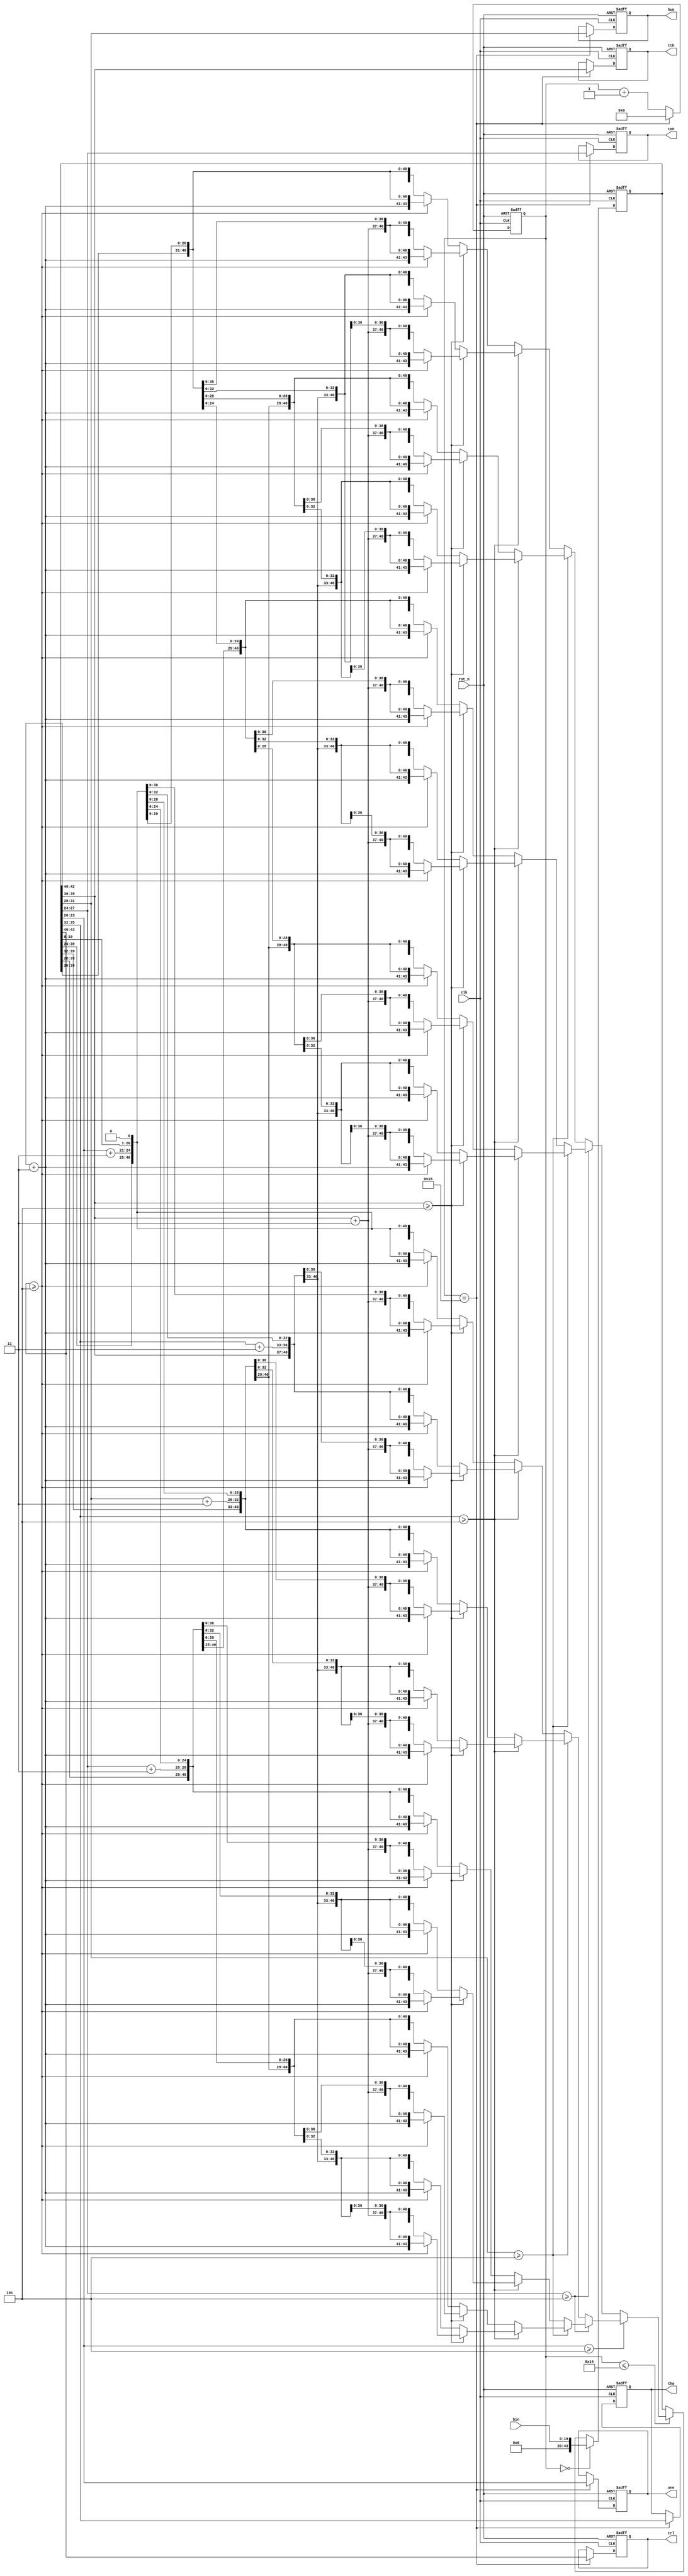
module bintobcd(
						input 					clk,
						input 					rst_n,
						input [19:0] 			bin,  //20
						
						output reg [3:0] 		one,  //
						output reg [3:0] 		ten,  //
						output reg [3:0] 		hun,  //
						output reg [3:0] 		tho,  //
						output reg [3:0] 		tth,  //
						output reg [3:0] 		trl   //

);


reg [4:0] 		count;

always@(posedge clk or negedge rst_n)
begin
	if(!rst_n)
		count<=5'b0;
		
	else if (count==21)
		count<=0;
		
	else
		count<=count+1;
end



reg [43:0] 	shift_reg;

always@(posedge clk or negedge rst_n)
begin
	if(!rst_n)
		shift_reg<=0;
		
	else if(count==0)
		shift_reg={24'b0000_0000_0000_0000_0000_0000,bin};
	
	else if(count<=20)
		if(shift_reg[23:20]>=5)
			begin
				if(shift_reg[27:24]>=5)
					begin
						if(shift_reg[31:28]>=5)
							begin
								if(shift_reg[35:32]>=5)
									begin
										if(shift_reg[39:36]>=5)
											begin
												if(shift_reg[43:40]>=5)
													begin
														shift_reg[43:40]=shift_reg[43:40]+2'b11;
														shift_reg[39:36]=shift_reg[39:36]+2'b11;
														shift_reg[35:32]=shift_reg[35:32]+2'b11;
														shift_reg[31:28]=shift_reg[31:28]+2'b11;
														shift_reg[27:24]=shift_reg[27:24]+2'b11;
														shift_reg[23:20]=shift_reg[23:20]+2'b11;
														shift_reg=shift_reg<<1;
													end

												else
													begin
														shift_reg[43:40]=shift_reg[43:40];
														shift_reg[39:36]=shift_reg[39:36]+2'b11;
														shift_reg[35:32]=shift_reg[35:32]+2'b11;
														shift_reg[31:28]=shift_reg[31:28]+2'b11;
														shift_reg[27:24]=shift_reg[27:24]+2'b11;
														shift_reg[23:20]=shift_reg[23:20]+2'b11;
														shift_reg=shift_reg<<1;
													end
											end
										
										else
											begin
												if(shift_reg[43:40]>=5)
													begin
														shift_reg[43:40]=shift_reg[43:40]+2'b11;
														shift_reg[39:36]=shift_reg[39:36];
														shift_reg[35:32]=shift_reg[35:32]+2'b11;
														shift_reg[31:28]=shift_reg[31:28]+2'b11;
														shift_reg[27:24]=shift_reg[27:24]+2'b11;
														shift_reg[23:20]=shift_reg[23:20]+2'b11;
														shift_reg=shift_reg<<1;
													end

												else
													begin
														shift_reg[43:40]=shift_reg[43:40];
														shift_reg[39:36]=shift_reg[39:36];
														shift_reg[35:32]=shift_reg[35:32]+2'b11;
														shift_reg[31:28]=shift_reg[31:28]+2'b11;
														shift_reg[27:24]=shift_reg[27:24]+2'b11;
														shift_reg[23:20]=shift_reg[23:20]+2'b11;
														shift_reg=shift_reg<<1;
													end
											end
									end
								
								else
									begin
										if(shift_reg[39:36]>=5)
											begin
												if(shift_reg[43:40]>=5)
													begin
														shift_reg[43:40]=shift_reg[43:40]+2'b11;
														shift_reg[39:36]=shift_reg[39:36]+2'b11;
														shift_reg[35:32]=shift_reg[35:32];
														shift_reg[31:28]=shift_reg[31:28]+2'b11;
														shift_reg[27:24]=shift_reg[27:24]+2'b11;
														shift_reg[23:20]=shift_reg[23:20]+2'b11;
														shift_reg=shift_reg<<1;
													end

												else
													begin
														shift_reg[43:40]=shift_reg[43:40];
														shift_reg[39:36]=shift_reg[39:36]+2'b11;
														shift_reg[35:32]=shift_reg[35:32];
														shift_reg[31:28]=shift_reg[31:28]+2'b11;
														shift_reg[27:24]=shift_reg[27:24]+2'b11;
														shift_reg[23:20]=shift_reg[23:20]+2'b11;
														shift_reg=shift_reg<<1;
													end
											end
										
										else
											begin
												if(shift_reg[43:40]>=5)
													begin
														shift_reg[43:40]=shift_reg[43:40]+2'b11;
														shift_reg[39:36]=shift_reg[39:36];
														shift_reg[35:32]=shift_reg[35:32];
														shift_reg[31:28]=shift_reg[31:28]+2'b11;
														shift_reg[27:24]=shift_reg[27:24]+2'b11;
														shift_reg[23:20]=shift_reg[23:20]+2'b11;
														shift_reg=shift_reg<<1;
													end

												else
													begin
														shift_reg[43:40]=shift_reg[43:40];
														shift_reg[39:36]=shift_reg[39:36];
														shift_reg[35:32]=shift_reg[35:32];
														shift_reg[31:28]=shift_reg[31:28]+2'b11;
														shift_reg[27:24]=shift_reg[27:24]+2'b11;
														shift_reg[23:20]=shift_reg[23:20]+2'b11;
														shift_reg=shift_reg<<1;
													end
											end
									end
							end
						
						else 
							begin
								if(shift_reg[35:32]>=5)
									begin
										if(shift_reg[39:36]>=5)
											begin
												if(shift_reg[43:40]>=5)
													begin
														shift_reg[43:40]=shift_reg[43:40]+2'b11;
														shift_reg[39:36]=shift_reg[39:36]+2'b11;
														shift_reg[35:32]=shift_reg[35:32]+2'b11;
														shift_reg[31:28]=shift_reg[31:28];
														shift_reg[27:24]=shift_reg[27:24]+2'b11;
														shift_reg[23:20]=shift_reg[23:20]+2'b11;
														shift_reg=shift_reg<<1;
													end

												else
													begin
														shift_reg[43:40]=shift_reg[43:40];
														shift_reg[39:36]=shift_reg[39:36]+2'b11;
														shift_reg[35:32]=shift_reg[35:32]+2'b11;
														shift_reg[31:28]=shift_reg[31:28];
														shift_reg[27:24]=shift_reg[27:24]+2'b11;
														shift_reg[23:20]=shift_reg[23:20]+2'b11;
														shift_reg=shift_reg<<1;
													end
											end
										
										else
											begin
												if(shift_reg[43:40]>=5)
													begin
														shift_reg[43:40]=shift_reg[43:40]+2'b11;
														shift_reg[39:36]=shift_reg[39:36];
														shift_reg[35:32]=shift_reg[35:32]+2'b11;
														shift_reg[31:28]=shift_reg[31:28];
														shift_reg[27:24]=shift_reg[27:24]+2'b11;
														shift_reg[23:20]=shift_reg[23:20]+2'b11;
														shift_reg=shift_reg<<1;
													end

												else
													begin
														shift_reg[43:40]=shift_reg[43:40];
														shift_reg[39:36]=shift_reg[39:36];
														shift_reg[35:32]=shift_reg[35:32]+2'b11;
														shift_reg[31:28]=shift_reg[31:28];
														shift_reg[27:24]=shift_reg[27:24]+2'b11;
														shift_reg[23:20]=shift_reg[23:20]+2'b11;
														shift_reg=shift_reg<<1;
													end
											end
									end
								
								else
									begin
										if(shift_reg[39:36]>=5)
											begin
												if(shift_reg[43:40]>=5)
													begin
														shift_reg[43:40]=shift_reg[43:40]+2'b11;
														shift_reg[39:36]=shift_reg[39:36]+2'b11;
														shift_reg[35:32]=shift_reg[35:32];
														shift_reg[31:28]=shift_reg[31:28];
														shift_reg[27:24]=shift_reg[27:24]+2'b11;
														shift_reg[23:20]=shift_reg[23:20]+2'b11;
														shift_reg=shift_reg<<1;
													end

												else
													begin
														shift_reg[43:40]=shift_reg[43:40];
														shift_reg[39:36]=shift_reg[39:36]+2'b11;
														shift_reg[35:32]=shift_reg[35:32];
														shift_reg[31:28]=shift_reg[31:28];
														shift_reg[27:24]=shift_reg[27:24]+2'b11;
														shift_reg[23:20]=shift_reg[23:20]+2'b11;
														shift_reg=shift_reg<<1;
													end
											end
										
										else
											begin
												if(shift_reg[43:40]>=5)
													begin
														shift_reg[43:40]=shift_reg[43:40]+2'b11;
														shift_reg[39:36]=shift_reg[39:36];
														shift_reg[35:32]=shift_reg[35:32];
														shift_reg[31:28]=shift_reg[31:28];
														shift_reg[27:24]=shift_reg[27:24]+2'b11;
														shift_reg[23:20]=shift_reg[23:20]+2'b11;
														shift_reg=shift_reg<<1;
													end

												else
													begin
														shift_reg[43:40]=shift_reg[43:40];
														shift_reg[39:36]=shift_reg[39:36];
														shift_reg[35:32]=shift_reg[35:32];
														shift_reg[31:28]=shift_reg[31:28];
														shift_reg[27:24]=shift_reg[27:24]+2'b11;
														shift_reg[23:20]=shift_reg[23:20]+2'b11;
														shift_reg=shift_reg<<1;
													end
											end
									end
							end
					end
					
				else
					begin
						if(shift_reg[31:28]>=5)
							begin
								if(shift_reg[35:32]>=5)
									begin
										if(shift_reg[39:36]>=5)
											begin
												if(shift_reg[43:40]>=5)
													begin
														shift_reg[43:40]=shift_reg[43:40]+2'b11;
														shift_reg[39:36]=shift_reg[39:36]+2'b11;
														shift_reg[35:32]=shift_reg[35:32]+2'b11;
														shift_reg[31:28]=shift_reg[31:28]+2'b11;
														shift_reg[27:24]=shift_reg[27:24];
														shift_reg[23:20]=shift_reg[23:20]+2'b11;
														shift_reg=shift_reg<<1;
													end

												else
													begin
														shift_reg[43:40]=shift_reg[43:40];
														shift_reg[39:36]=shift_reg[39:36]+2'b11;
														shift_reg[35:32]=shift_reg[35:32]+2'b11;
														shift_reg[31:28]=shift_reg[31:28]+2'b11;
														shift_reg[27:24]=shift_reg[27:24];
														shift_reg[23:20]=shift_reg[23:20]+2'b11;
														shift_reg=shift_reg<<1;
													end
											end
										
										else
											begin
												if(shift_reg[43:40]>=5)
													begin
														shift_reg[43:40]=shift_reg[43:40]+2'b11;
														shift_reg[39:36]=shift_reg[39:36];
														shift_reg[35:32]=shift_reg[35:32]+2'b11;
														shift_reg[31:28]=shift_reg[31:28]+2'b11;
														shift_reg[27:24]=shift_reg[27:24];
														shift_reg[23:20]=shift_reg[23:20]+2'b11;
														shift_reg=shift_reg<<1;
													end

												else
													begin
														shift_reg[43:40]=shift_reg[43:40];
														shift_reg[39:36]=shift_reg[39:36];
														shift_reg[35:32]=shift_reg[35:32]+2'b11;
														shift_reg[31:28]=shift_reg[31:28]+2'b11;
														shift_reg[27:24]=shift_reg[27:24];
														shift_reg[23:20]=shift_reg[23:20]+2'b11;
														shift_reg=shift_reg<<1;
													end
											end
									end
								
								else
									begin
										if(shift_reg[39:36]>=5)
											begin
												if(shift_reg[43:40]>=5)
													begin
														shift_reg[43:40]=shift_reg[43:40]+2'b11;
														shift_reg[39:36]=shift_reg[39:36]+2'b11;
														shift_reg[35:32]=shift_reg[35:32];
														shift_reg[31:28]=shift_reg[31:28]+2'b11;
														shift_reg[27:24]=shift_reg[27:24];
														shift_reg[23:20]=shift_reg[23:20]+2'b11;
														shift_reg=shift_reg<<1;
													end

												else
													begin
														shift_reg[43:40]=shift_reg[43:40];
														shift_reg[39:36]=shift_reg[39:36]+2'b11;
														shift_reg[35:32]=shift_reg[35:32];
														shift_reg[31:28]=shift_reg[31:28]+2'b11;
														shift_reg[27:24]=shift_reg[27:24];
														shift_reg[23:20]=shift_reg[23:20]+2'b11;
														shift_reg=shift_reg<<1;
													end
											end
										
										else
											begin
												if(shift_reg[43:40]>=5)
													begin
														shift_reg[43:40]=shift_reg[43:40]+2'b11;
														shift_reg[39:36]=shift_reg[39:36];
														shift_reg[35:32]=shift_reg[35:32];
														shift_reg[31:28]=shift_reg[31:28]+2'b11;
														shift_reg[27:24]=shift_reg[27:24];
														shift_reg[23:20]=shift_reg[23:20]+2'b11;
														shift_reg=shift_reg<<1;
													end

												else
													begin
														shift_reg[43:40]=shift_reg[43:40];
														shift_reg[39:36]=shift_reg[39:36];
														shift_reg[35:32]=shift_reg[35:32];
														shift_reg[31:28]=shift_reg[31:28]+2'b11;
														shift_reg[27:24]=shift_reg[27:24];
														shift_reg[23:20]=shift_reg[23:20]+2'b11;
														shift_reg=shift_reg<<1;
													end
											end
									end
							end
						
						else 
							begin
								if(shift_reg[35:32]>=5)
									begin
										if(shift_reg[39:36]>=5)
											begin
												if(shift_reg[43:40]>=5)
													begin
														shift_reg[43:40]=shift_reg[43:40]+2'b11;
														shift_reg[39:36]=shift_reg[39:36]+2'b11;
														shift_reg[35:32]=shift_reg[35:32]+2'b11;
														shift_reg[31:28]=shift_reg[31:28];
														shift_reg[27:24]=shift_reg[27:24];
														shift_reg[23:20]=shift_reg[23:20]+2'b11;
														shift_reg=shift_reg<<1;
													end

												else
													begin
														shift_reg[43:40]=shift_reg[43:40];
														shift_reg[39:36]=shift_reg[39:36]+2'b11;
														shift_reg[35:32]=shift_reg[35:32]+2'b11;
														shift_reg[31:28]=shift_reg[31:28];
														shift_reg[27:24]=shift_reg[27:24];
														shift_reg[23:20]=shift_reg[23:20]+2'b11;
														shift_reg=shift_reg<<1;
													end
											end
										
										else
											begin
												if(shift_reg[43:40]>=5)
													begin
														shift_reg[43:40]=shift_reg[43:40]+2'b11;
														shift_reg[39:36]=shift_reg[39:36];
														shift_reg[35:32]=shift_reg[35:32]+2'b11;
														shift_reg[31:28]=shift_reg[31:28];
														shift_reg[27:24]=shift_reg[27:24];
														shift_reg[23:20]=shift_reg[23:20]+2'b11;
														shift_reg=shift_reg<<1;
													end

												else
													begin
														shift_reg[43:40]=shift_reg[43:40];
														shift_reg[39:36]=shift_reg[39:36];
														shift_reg[35:32]=shift_reg[35:32]+2'b11;
														shift_reg[31:28]=shift_reg[31:28];
														shift_reg[27:24]=shift_reg[27:24];
														shift_reg[23:20]=shift_reg[23:20]+2'b11;
														shift_reg=shift_reg<<1;
													end
											end
									end
								
								else
									begin
										if(shift_reg[39:36]>=5)
											begin
												if(shift_reg[43:40]>=5)
													begin
														shift_reg[43:40]=shift_reg[43:40]+2'b11;
														shift_reg[39:36]=shift_reg[39:36]+2'b11;
														shift_reg[35:32]=shift_reg[35:32];
														shift_reg[31:28]=shift_reg[31:28];
														shift_reg[27:24]=shift_reg[27:24];
														shift_reg[23:20]=shift_reg[23:20]+2'b11;
														shift_reg=shift_reg<<1;
													end

												else
													begin
														shift_reg[43:40]=shift_reg[43:40];
														shift_reg[39:36]=shift_reg[39:36]+2'b11;
														shift_reg[35:32]=shift_reg[35:32];
														shift_reg[31:28]=shift_reg[31:28];
														shift_reg[27:24]=shift_reg[27:24];
														shift_reg[23:20]=shift_reg[23:20]+2'b11;
														shift_reg=shift_reg<<1;
													end
											end
										
										else
											begin
												if(shift_reg[43:40]>=5)
													begin
														shift_reg[43:40]=shift_reg[43:40]+2'b11;
														shift_reg[39:36]=shift_reg[39:36];
														shift_reg[35:32]=shift_reg[35:32];
														shift_reg[31:28]=shift_reg[31:28];
														shift_reg[27:24]=shift_reg[27:24];
														shift_reg[23:20]=shift_reg[23:20]+2'b11;
														shift_reg=shift_reg<<1;
													end

												else
													begin
														shift_reg[43:40]=shift_reg[43:40];
														shift_reg[39:36]=shift_reg[39:36];
														shift_reg[35:32]=shift_reg[35:32];
														shift_reg[31:28]=shift_reg[31:28];
														shift_reg[27:24]=shift_reg[27:24];
														shift_reg[23:20]=shift_reg[23:20]+2'b11;
														shift_reg=shift_reg<<1;
													end
											end
									end
							end
					end
			end
///////////////////////////////////////////		
		else
			begin
				if(shift_reg[27:24]>=5)
					begin
						if(shift_reg[31:28]>=5)
							begin
								if(shift_reg[35:32]>=5)
									begin
										if(shift_reg[39:36]>=5)
											begin
												if(shift_reg[43:40]>=5)
													begin
														shift_reg[43:40]=shift_reg[43:40]+2'b11;
														shift_reg[39:36]=shift_reg[39:36]+2'b11;
														shift_reg[35:32]=shift_reg[35:32]+2'b11;
														shift_reg[31:28]=shift_reg[31:28]+2'b11;
														shift_reg[27:24]=shift_reg[27:24]+2'b11;
														shift_reg[23:20]=shift_reg[23:20];
														shift_reg=shift_reg<<1;
													end

												else
													begin
														shift_reg[43:40]=shift_reg[43:40];
														shift_reg[39:36]=shift_reg[39:36]+2'b11;
														shift_reg[35:32]=shift_reg[35:32]+2'b11;
														shift_reg[31:28]=shift_reg[31:28]+2'b11;
														shift_reg[27:24]=shift_reg[27:24]+2'b11;
														shift_reg[23:20]=shift_reg[23:20];
														shift_reg=shift_reg<<1;
													end
											end
										
										else
											begin
												if(shift_reg[43:40]>=5)
													begin
														shift_reg[43:40]=shift_reg[43:40]+2'b11;
														shift_reg[39:36]=shift_reg[39:36];
														shift_reg[35:32]=shift_reg[35:32]+2'b11;
														shift_reg[31:28]=shift_reg[31:28]+2'b11;
														shift_reg[27:24]=shift_reg[27:24]+2'b11;
														shift_reg[23:20]=shift_reg[23:20];
														shift_reg=shift_reg<<1;
													end

												else
													begin
														shift_reg[43:40]=shift_reg[43:40];
														shift_reg[39:36]=shift_reg[39:36];
														shift_reg[35:32]=shift_reg[35:32]+2'b11;
														shift_reg[31:28]=shift_reg[31:28]+2'b11;
														shift_reg[27:24]=shift_reg[27:24]+2'b11;
														shift_reg[23:20]=shift_reg[23:20];
														shift_reg=shift_reg<<1;
													end
											end
									end
								
								else
									begin
										if(shift_reg[39:36]>=5)
											begin
												if(shift_reg[43:40]>=5)
													begin
														shift_reg[43:40]=shift_reg[43:40]+2'b11;
														shift_reg[39:36]=shift_reg[39:36]+2'b11;
														shift_reg[35:32]=shift_reg[35:32];
														shift_reg[31:28]=shift_reg[31:28]+2'b11;
														shift_reg[27:24]=shift_reg[27:24]+2'b11;
														shift_reg[23:20]=shift_reg[23:20];
														shift_reg=shift_reg<<1;
													end

												else
													begin
														shift_reg[43:40]=shift_reg[43:40];
														shift_reg[39:36]=shift_reg[39:36]+2'b11;
														shift_reg[35:32]=shift_reg[35:32];
														shift_reg[31:28]=shift_reg[31:28]+2'b11;
														shift_reg[27:24]=shift_reg[27:24]+2'b11;
														shift_reg[23:20]=shift_reg[23:20];
														shift_reg=shift_reg<<1;
													end
											end
										
										else
											begin
												if(shift_reg[43:40]>=5)
													begin
														shift_reg[43:40]=shift_reg[43:40]+2'b11;
														shift_reg[39:36]=shift_reg[39:36];
														shift_reg[35:32]=shift_reg[35:32];
														shift_reg[31:28]=shift_reg[31:28]+2'b11;
														shift_reg[27:24]=shift_reg[27:24]+2'b11;
														shift_reg[23:20]=shift_reg[23:20];
														shift_reg=shift_reg<<1;
													end

												else
													begin
														shift_reg[43:40]=shift_reg[43:40];
														shift_reg[39:36]=shift_reg[39:36];
														shift_reg[35:32]=shift_reg[35:32];
														shift_reg[31:28]=shift_reg[31:28]+2'b11;
														shift_reg[27:24]=shift_reg[27:24]+2'b11;
														shift_reg[23:20]=shift_reg[23:20];
														shift_reg=shift_reg<<1;
													end
											end
									end
							end
						
						else 
							begin
								if(shift_reg[35:32]>=5)
									begin
										if(shift_reg[39:36]>=5)
											begin
												if(shift_reg[43:40]>=5)
													begin
														shift_reg[43:40]=shift_reg[43:40]+2'b11;
														shift_reg[39:36]=shift_reg[39:36]+2'b11;
														shift_reg[35:32]=shift_reg[35:32]+2'b11;
														shift_reg[31:28]=shift_reg[31:28];
														shift_reg[27:24]=shift_reg[27:24]+2'b11;
														shift_reg[23:20]=shift_reg[23:20];
														shift_reg=shift_reg<<1;
													end

												else
													begin
														shift_reg[43:40]=shift_reg[43:40];
														shift_reg[39:36]=shift_reg[39:36]+2'b11;
														shift_reg[35:32]=shift_reg[35:32]+2'b11;
														shift_reg[31:28]=shift_reg[31:28];
														shift_reg[27:24]=shift_reg[27:24]+2'b11;
														shift_reg[23:20]=shift_reg[23:20];
														shift_reg=shift_reg<<1;
													end
											end
										
										else
											begin
												if(shift_reg[43:40]>=5)
													begin
														shift_reg[43:40]=shift_reg[43:40]+2'b11;
														shift_reg[39:36]=shift_reg[39:36];
														shift_reg[35:32]=shift_reg[35:32]+2'b11;
														shift_reg[31:28]=shift_reg[31:28];
														shift_reg[27:24]=shift_reg[27:24]+2'b11;
														shift_reg[23:20]=shift_reg[23:20];
														shift_reg=shift_reg<<1;
													end

												else
													begin
														shift_reg[43:40]=shift_reg[43:40];
														shift_reg[39:36]=shift_reg[39:36];
														shift_reg[35:32]=shift_reg[35:32]+2'b11;
														shift_reg[31:28]=shift_reg[31:28];
														shift_reg[27:24]=shift_reg[27:24]+2'b11;
														shift_reg[23:20]=shift_reg[23:20];
														shift_reg=shift_reg<<1;
													end
											end
									end
								
								else
									begin
										if(shift_reg[39:36]>=5)
											begin
												if(shift_reg[43:40]>=5)
													begin
														shift_reg[43:40]=shift_reg[43:40]+2'b11;
														shift_reg[39:36]=shift_reg[39:36]+2'b11;
														shift_reg[35:32]=shift_reg[35:32];
														shift_reg[31:28]=shift_reg[31:28];
														shift_reg[27:24]=shift_reg[27:24]+2'b11;
														shift_reg[23:20]=shift_reg[23:20];
														shift_reg=shift_reg<<1;
													end

												else
													begin
														shift_reg[43:40]=shift_reg[43:40];
														shift_reg[39:36]=shift_reg[39:36]+2'b11;
														shift_reg[35:32]=shift_reg[35:32];
														shift_reg[31:28]=shift_reg[31:28];
														shift_reg[27:24]=shift_reg[27:24]+2'b11;
														shift_reg[23:20]=shift_reg[23:20];
														shift_reg=shift_reg<<1;
													end
											end
										
										else
											begin
												if(shift_reg[43:40]>=5)
													begin
														shift_reg[43:40]=shift_reg[43:40]+2'b11;
														shift_reg[39:36]=shift_reg[39:36];
														shift_reg[35:32]=shift_reg[35:32];
														shift_reg[31:28]=shift_reg[31:28];
														shift_reg[27:24]=shift_reg[27:24]+2'b11;
														shift_reg[23:20]=shift_reg[23:20];
														shift_reg=shift_reg<<1;
													end

												else
													begin
														shift_reg[43:40]=shift_reg[43:40];
														shift_reg[39:36]=shift_reg[39:36];
														shift_reg[35:32]=shift_reg[35:32];
														shift_reg[31:28]=shift_reg[31:28];
														shift_reg[27:24]=shift_reg[27:24]+2'b11;
														shift_reg[23:20]=shift_reg[23:20];
														shift_reg=shift_reg<<1;
													end
											end
									end
							end
					end
					
				else
					begin
						if(shift_reg[31:28]>=5)
							begin
								if(shift_reg[35:32]>=5)
									begin
										if(shift_reg[39:36]>=5)
											begin
												if(shift_reg[43:40]>=5)
													begin
														shift_reg[43:40]=shift_reg[43:40]+2'b11;
														shift_reg[39:36]=shift_reg[39:36]+2'b11;
														shift_reg[35:32]=shift_reg[35:32]+2'b11;
														shift_reg[31:28]=shift_reg[31:28]+2'b11;
														shift_reg[27:24]=shift_reg[27:24];
														shift_reg[23:20]=shift_reg[23:20];
														shift_reg=shift_reg<<1;
													end

												else
													begin
														shift_reg[43:40]=shift_reg[43:40];
														shift_reg[39:36]=shift_reg[39:36]+2'b11;
														shift_reg[35:32]=shift_reg[35:32]+2'b11;
														shift_reg[31:28]=shift_reg[31:28]+2'b11;
														shift_reg[27:24]=shift_reg[27:24];
														shift_reg[23:20]=shift_reg[23:20];
														shift_reg=shift_reg<<1;
													end
											end
										
										else
											begin
												if(shift_reg[43:40]>=5)
													begin
														shift_reg[43:40]=shift_reg[43:40]+2'b11;
														shift_reg[39:36]=shift_reg[39:36];
														shift_reg[35:32]=shift_reg[35:32]+2'b11;
														shift_reg[31:28]=shift_reg[31:28]+2'b11;
														shift_reg[27:24]=shift_reg[27:24];
														shift_reg[23:20]=shift_reg[23:20];
														shift_reg=shift_reg<<1;
													end

												else
													begin
														shift_reg[43:40]=shift_reg[43:40];
														shift_reg[39:36]=shift_reg[39:36];
														shift_reg[35:32]=shift_reg[35:32]+2'b11;
														shift_reg[31:28]=shift_reg[31:28]+2'b11;
														shift_reg[27:24]=shift_reg[27:24];
														shift_reg[23:20]=shift_reg[23:20];
														shift_reg=shift_reg<<1;
													end
											end
									end
								
								else
									begin
										if(shift_reg[39:36]>=5)
											begin
												if(shift_reg[43:40]>=5)
													begin
														shift_reg[43:40]=shift_reg[43:40]+2'b11;
														shift_reg[39:36]=shift_reg[39:36]+2'b11;
														shift_reg[35:32]=shift_reg[35:32];
														shift_reg[31:28]=shift_reg[31:28]+2'b11;
														shift_reg[27:24]=shift_reg[27:24];
														shift_reg[23:20]=shift_reg[23:20];
														shift_reg=shift_reg<<1;
													end

												else
													begin
														shift_reg[43:40]=shift_reg[43:40];
														shift_reg[39:36]=shift_reg[39:36]+2'b11;
														shift_reg[35:32]=shift_reg[35:32];
														shift_reg[31:28]=shift_reg[31:28]+2'b11;
														shift_reg[27:24]=shift_reg[27:24];
														shift_reg[23:20]=shift_reg[23:20];
														shift_reg=shift_reg<<1;
													end
											end
										
										else
											begin
												if(shift_reg[43:40]>=5)
													begin
														shift_reg[43:40]=shift_reg[43:40]+2'b11;
														shift_reg[39:36]=shift_reg[39:36];
														shift_reg[35:32]=shift_reg[35:32];
														shift_reg[31:28]=shift_reg[31:28]+2'b11;
														shift_reg[27:24]=shift_reg[27:24];
														shift_reg[23:20]=shift_reg[23:20];
														shift_reg=shift_reg<<1;
													end

												else
													begin
														shift_reg[43:40]=shift_reg[43:40];
														shift_reg[39:36]=shift_reg[39:36];
														shift_reg[35:32]=shift_reg[35:32];
														shift_reg[31:28]=shift_reg[31:28]+2'b11;
														shift_reg[27:24]=shift_reg[27:24];
														shift_reg[23:20]=shift_reg[23:20];
														shift_reg=shift_reg<<1;
													end
											end
									end
							end
						
						else 
							begin
								if(shift_reg[35:32]>=5)
									begin
										if(shift_reg[39:36]>=5)
											begin
												if(shift_reg[43:40]>=5)
													begin
														shift_reg[43:40]=shift_reg[43:40]+2'b11;
														shift_reg[39:36]=shift_reg[39:36]+2'b11;
														shift_reg[35:32]=shift_reg[35:32]+2'b11;
														shift_reg[31:28]=shift_reg[31:28];
														shift_reg[27:24]=shift_reg[27:24];
														shift_reg[23:20]=shift_reg[23:20];
														shift_reg=shift_reg<<1;
													end

												else
													begin
														shift_reg[43:40]=shift_reg[43:40];
														shift_reg[39:36]=shift_reg[39:36]+2'b11;
														shift_reg[35:32]=shift_reg[35:32]+2'b11;
														shift_reg[31:28]=shift_reg[31:28];
														shift_reg[27:24]=shift_reg[27:24];
														shift_reg[23:20]=shift_reg[23:20];
														shift_reg=shift_reg<<1;
													end
											end
										
										else
											begin
												if(shift_reg[43:40]>=5)
													begin
														shift_reg[43:40]=shift_reg[43:40]+2'b11;
														shift_reg[39:36]=shift_reg[39:36];
														shift_reg[35:32]=shift_reg[35:32]+2'b11;
														shift_reg[31:28]=shift_reg[31:28];
														shift_reg[27:24]=shift_reg[27:24];
														shift_reg[23:20]=shift_reg[23:20];
														shift_reg=shift_reg<<1;
													end

												else
													begin
														shift_reg[43:40]=shift_reg[43:40];
														shift_reg[39:36]=shift_reg[39:36];
														shift_reg[35:32]=shift_reg[35:32]+2'b11;
														shift_reg[31:28]=shift_reg[31:28];
														shift_reg[27:24]=shift_reg[27:24];
														shift_reg[23:20]=shift_reg[23:20];
														shift_reg=shift_reg<<1;
													end
											end
									end
								
								else
									begin
										if(shift_reg[39:36]>=5)
											begin
												if(shift_reg[43:40]>=5)
													begin
														shift_reg[43:40]=shift_reg[43:40]+2'b11;
														shift_reg[39:36]=shift_reg[39:36]+2'b11;
														shift_reg[35:32]=shift_reg[35:32];
														shift_reg[31:28]=shift_reg[31:28];
														shift_reg[27:24]=shift_reg[27:24];
														shift_reg[23:20]=shift_reg[23:20];
														shift_reg=shift_reg<<1;
													end

												else
													begin
														shift_reg[43:40]=shift_reg[43:40];
														shift_reg[39:36]=shift_reg[39:36]+2'b11;
														shift_reg[35:32]=shift_reg[35:32];
														shift_reg[31:28]=shift_reg[31:28];
														shift_reg[27:24]=shift_reg[27:24];
														shift_reg[23:20]=shift_reg[23:20];
														shift_reg=shift_reg<<1;
													end
											end
										
										else
											begin
												if(shift_reg[43:40]>=5)
													begin
														shift_reg[43:40]=shift_reg[43:40]+2'b11;
														shift_reg[39:36]=shift_reg[39:36];
														shift_reg[35:32]=shift_reg[35:32];
														shift_reg[31:28]=shift_reg[31:28];
														shift_reg[27:24]=shift_reg[27:24];
														shift_reg[23:20]=shift_reg[23:20];
														shift_reg=shift_reg<<1;
													end

												else
													begin
														shift_reg[43:40]=shift_reg[43:40];
														shift_reg[39:36]=shift_reg[39:36];
														shift_reg[35:32]=shift_reg[35:32];
														shift_reg[31:28]=shift_reg[31:28];
														shift_reg[27:24]=shift_reg[27:24];
														shift_reg[23:20]=shift_reg[23:20];
														shift_reg=shift_reg<<1;
													end
											end
									end
							end
					end
			end
end

always@(posedge clk or negedge rst_n)
begin
	if(!rst_n)
		begin
			one<=0;
			ten<=0;
			hun<=0;
			tho<=0;
			tth<=0;
			trl<=0;
			
		end
	
	else if(count==21)
		begin
			one<=shift_reg[23:20];
			ten<=shift_reg[27:24];
			hun<=shift_reg[31:28];
			tho<=shift_reg[35:32];
			tth<=shift_reg[39:36];
			trl<=shift_reg[43:40];
		end
end


endmodule